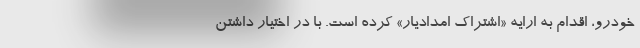
خودرو، اقدام به ارایه «اشتراک امدادیار» کرده است. با در اختیار داشتن